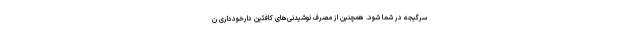
سرگیجه در شما شود. همچنین از مصرف نوشیدنی‌های کافئین دارخودداری ن